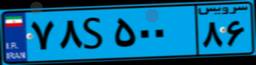
۲۵S۲۵۸۴۴